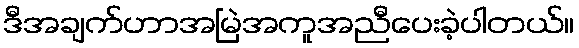
ဒီအချက်ဟာအမြဲအကူအညီပေးခဲ့ပါတယ်။